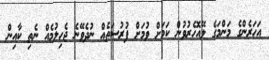
އަހަރެންގެ މަންމަގެ ލޭއޮހެރުވުން ކަމަށް ވުމަށް ފުރުސަތެއް ނުދެވޭނެ ޖެހިލުމެއް ނެތި ކާއިން